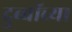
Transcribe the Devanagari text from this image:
दुब्वॉच्या